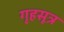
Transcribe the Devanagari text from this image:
गृहसूत्र